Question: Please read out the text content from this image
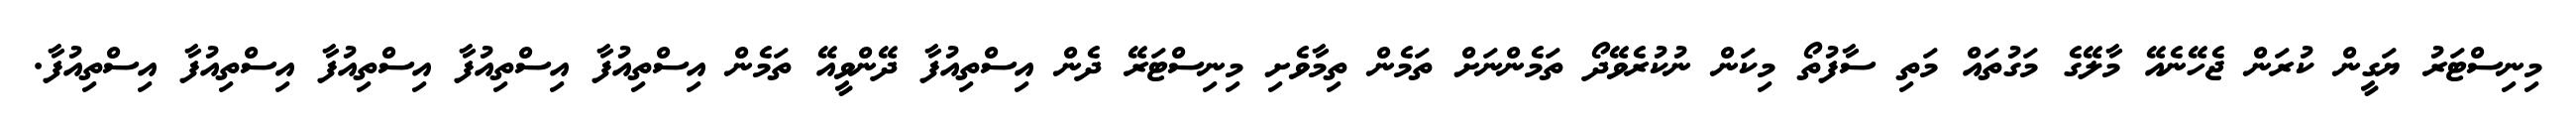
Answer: މިނިސްޓަރު ޔަގީން ކުރަން ޖެހޭނެއޭ މާލޭގެ މަގުތައް މަތި ސާފުތޯ މިކަން ނުކުރެވޭދޯ ތަމެންނަށް ތަމެން ތިމާވެށި މިނިސްޓަރޭ ދެން އިސްތިއުފާ ދޭންވީއޭ ތަމެން އިސްތިއުފާ އިސްތިއުފާ އިސްތިއުފާ އިސްތިއުފާ އިސްތިއުފާ.